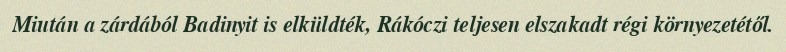
Miután a zárdából Badinyit is elküldték, Rákóczi teljesen elszakadt régi környezetétől.